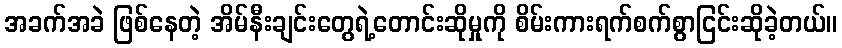
အခက်အခဲ ဖြစ်နေတဲ့ အိမ်နီးချင်းတွေရဲ့တောင်းဆိုမှုကို စိမ်းကားရက်စက်စွာငြင်းဆိုခဲ့တယ်။